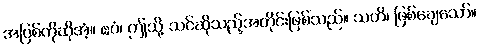
အပြစ်ကိုဆိုအံ့။ ဧဝံ၊ ဤသို့ သင်ဆိုသည့်အတိုင်းဖြစ်သည်။ သတိ၊ ဖြစ်ချေသော်။